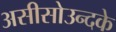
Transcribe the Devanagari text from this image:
असीसोउन्दके